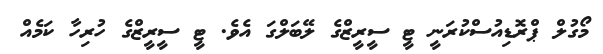
މޯގުލް ޕްރޮޑިއުސްކުރަނީ ޓީ ސީރީޒްގެ ލޭބަލްގަ އެވެ. ޓީ ސީރީޒްގެ ހުރިހާ ކަމެއް